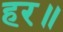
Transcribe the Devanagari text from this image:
हर॥